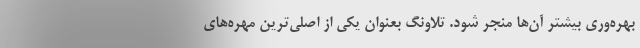
بهره‌وری بیشتر آن‌ها منجر شود. تلاونگ بعنوان یکی از اصلی‌ترین مهره‌های